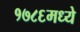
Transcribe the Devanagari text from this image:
१७८६मध्ये